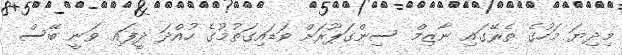
މިދިޔަ މަހުގެ ތެރޭގައި ނާޒިމް ސިންގަޕޫރަށް ވަޑައިގަތުމުގެ ހުއްދަ ދީފައި ވަނީ ބޭސް